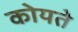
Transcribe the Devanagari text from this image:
कोयते